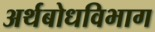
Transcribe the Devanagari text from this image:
अर्थबोधविभाग